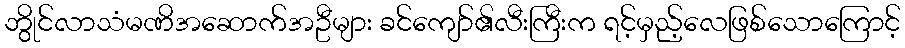
ဘွိုင်လာသံမဏိအဆောက်အဦများ ခင်ကျော်၏လီးကြီးက ရင့်မှည့်လေဖြစ်သောကြောင့်